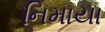
નિમાયા